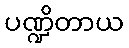
ပဏ္ဍိတာယ